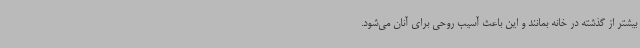
بیشتر از گذشته در خانه بمانند و این باعث آسیب روحی برای آنان می‌شود.